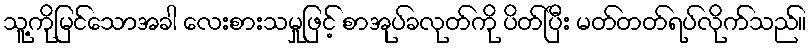
သူ့ကိုမြင်သောအခါ လေးစားသမှုဖြင့် စာအုပ်ခလုတ်ကို ပိတ်ပြီး မတ်တတ်ရပ်လိုက်သည်။